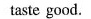
taste good.